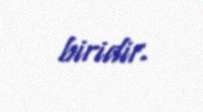
biridir.